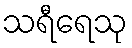
သရီရေသု